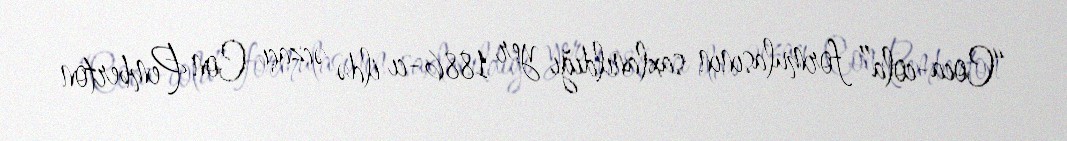
“Coca-cola” formulasının saxlanıldığı yer 1886-cı ildə əczaçı Con Pemberton